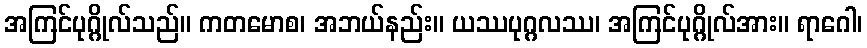
အကြင်ပုဂ္ဂိုလ်သည်။ ကတမောစ၊ အဘယ်နည်း။ ယဿပုဂ္ဂလဿ၊ အကြင်ပုဂ္ဂိုလ်အား။ ရာဂေါ၊